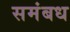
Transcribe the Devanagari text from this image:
समंबध